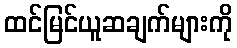
ထင်မြင်ယူဆချက်များကို